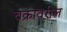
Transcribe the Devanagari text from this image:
चक्रावरील